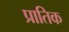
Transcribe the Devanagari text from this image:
प्रातिक